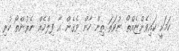
ކަމަކީ ކައިވެންޏެއްތޯ ނުވަތަ ތިން ހާން ވެގެން އާ ފިލްމެއް ނެރުންތޯ ކުރި